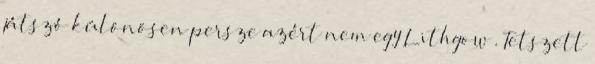
játszó különösen persze azért nem egy Lithgow . Tetszett